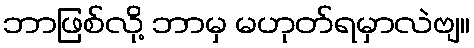
ဘာဖြစ်လို့ ဘာမှ မဟုတ်ရမှာလဲဗျ။